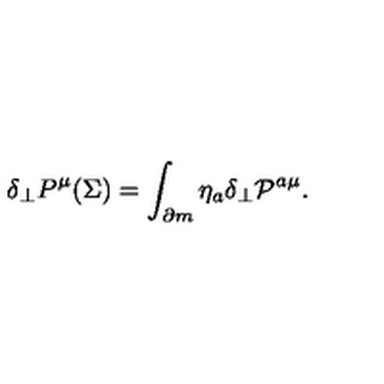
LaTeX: \delta _ { \perp } P ^ { \mu } ( \Sigma ) = \int _ { \partial m } \eta _ { a } \delta _ { \perp } { \cal P } ^ { a \mu } .